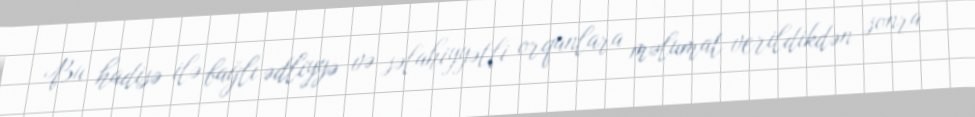
Bu hadisə ilə bağlı ədliyyə və səlahiyyətli orqanlara məlumat verildikdən sonra